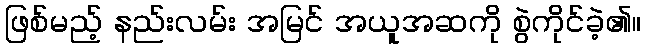
ဖြစ်မည့် နည်းလမ်း အမြင် အယူအဆကို စွဲကိုင်ခဲ့၏။